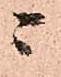
ニ